system: You are a helpful assistant.
user:
Analyze the provided spectrum to determine if it is a **"Cataclysmic Variables (CV)"**.

- **Key Indicators for CV (Check for either state):**
    - **State 1: Quiescent / Low-State (Emission-Dominated)**
        - **(Primary):** Strong and *very broad* Hydrogen Balmer emission lines (e.g., $H\alpha$ at 6563 Å, $H\beta$ at 4861 Å). The 'broadness' (high velocity dispersion, often FWHM > 1000 km/s) is the key diagnostic, indicating a high-velocity accretion disk.
        - **(Secondary):** Broad neutral Helium (He I) emission lines (e.g., 5876 Å, 6678 Å).
        - **(Key Confirmation):** Presence of high-excitation *ionized* Helium (He II) emission at 4686 Å. This is a strong indicator of accretion onto a white dwarf.
        - **(Line Profile):** Emission lines may exhibit a 'double-peaked' profile, which is a classic signature of a rotating accretion disk viewed at high inclination.

    - **State 2: Outburst / High-State (Absorption-Dominated)**
        - **(Primary):** Spectrum is dominated by a bright, blue continuum (looks like a hot star).
        - **(Secondary):** The emission lines from State 1 are weak, absent, or 'filled in', and are replaced by broad, shallow *absorption* lines (primarily Balmer and He I).
        - **(Morphology):** The overall spectrum mimics a hot B/A-type star. The crucial difference is that the absorption lines are significantly broader, shallower, and more 'washed-out' (or 'smeared') than the sharp lines of a normal stellar photosphere, due to high rotational speeds and pressure broadening in the disk.

Think first, call **spectral_visualization_tool** if needed to examine features in detail, then provide your final answer. Your response must adhere to the following strict rules:
1.  **Overall Structure:** Your response must follow the format `<think>...</think> <tool_call>...</tool_call> (if a tool is used) <answer>...</answer>`.
2.  **Tool Usage Constraint:** You may only make **one** tool call per turn.
3.  **Final Answer Format:** In the `<answer>` tag, your conclusion must be inside a `\boxed{}` command (e.g., `\boxed{YES}`), followed by your justification.

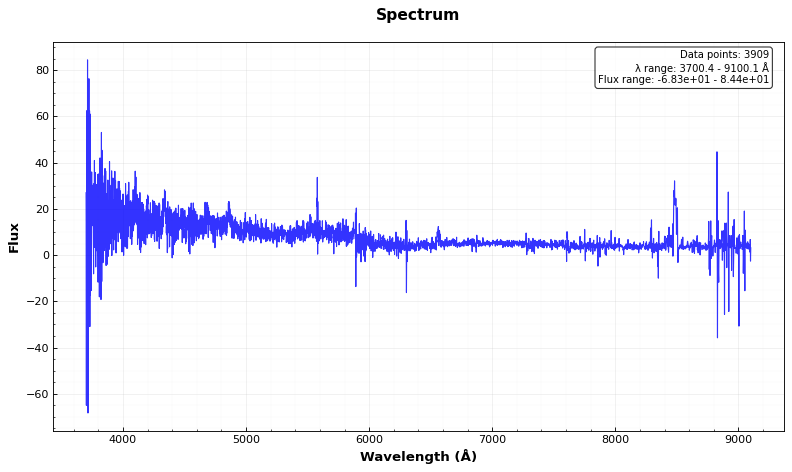
Answer: YES